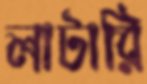
লাটারি